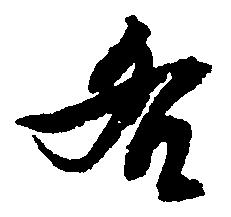
各